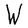
Character: W